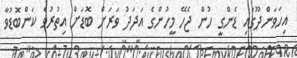
އިހަވަންދޫގައި ޑެންގީ ހުން ޖެހޭ މީހުންގެ އަދަދު ވަރަށް ބޮޑަށް އިތުރުވެ ކަންބޮޑުވާ